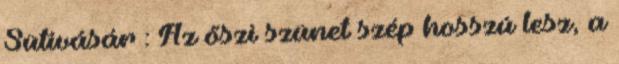
Sütivásár : Az őszi szünet szép hosszú lesz, a